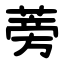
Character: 蒡